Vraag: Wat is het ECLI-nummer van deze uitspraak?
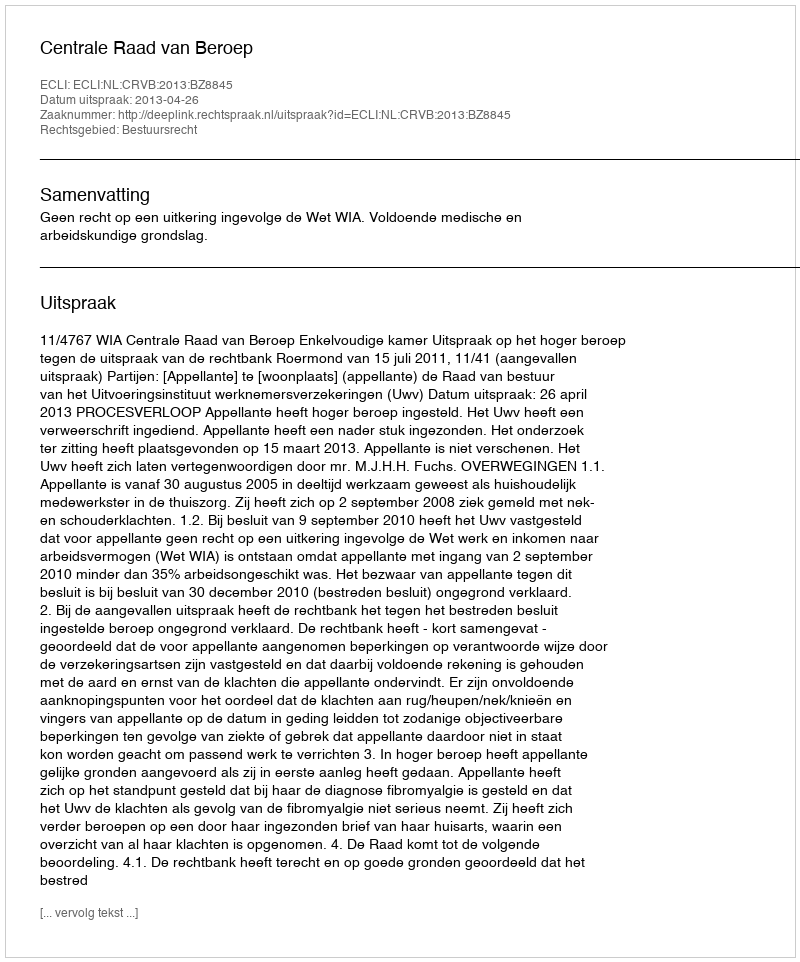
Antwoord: ECLI:NL:CRVB:2013:BZ8845